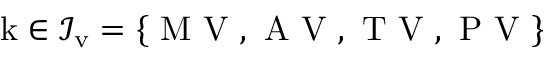
{ \mathrm { k } } \in \mathcal { I } _ { \mathrm v } = \left\{ \mathrm { ~ M ~ V ~ , ~ A ~ V ~ , ~ T ~ V ~ , ~ P ~ V ~ } \right\}